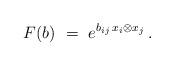
LaTeX: \begin{align*}F( b ) \ = \ e^{b_{i j}\,x_i\otimes x_j}\,.\end{align*}